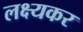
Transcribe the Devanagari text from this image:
लक्ष्यकर